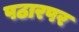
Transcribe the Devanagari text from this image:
पठारपर